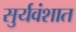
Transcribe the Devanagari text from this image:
सुर्यवंशात